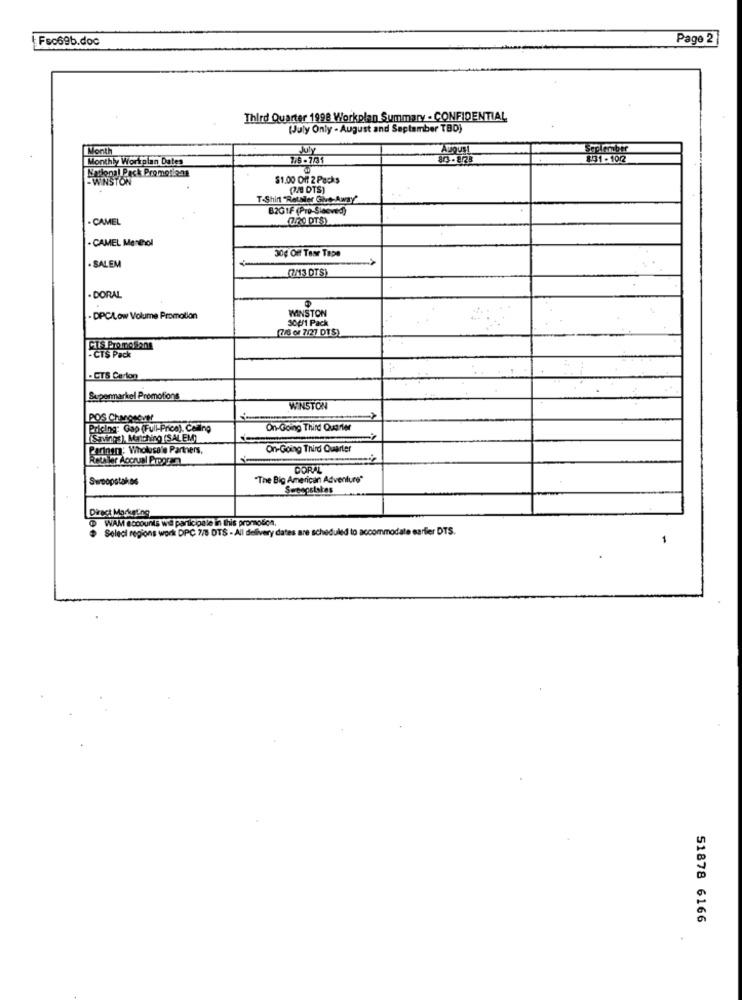
Fsc69b.doc
Page 2
Third Quarter 1998 Workplan Summary - CONFIDENTIAL
(July Only - August and September TBD)
Month
August
Seplomber
Monthly Workplan Dates
831 - 102
National Pack Promot.20g
-WINSTON
$1.00 Off 2 Packs
(24 DTS)
T-Shirt "Retailer Give-Away
B2GIF (Pro-Sleeved)
· CAMEL
(7/20 DTS)
. CAMEL Menthol
30g OF Tasr Tape
. SALEM
(M3 DTS)
. DORAL
WINSTON
- DPCLow Volume Promotion
304/1 Pack
(7/6 or 7/27 DTS)
- CTS Pack
. CTS Carton
Supermarkel Promotions
WINSTON
POS ChvatVEL
Pricing: Gap (Full-Price), Caring
On-Going Third Quarter
(Savings), Matching (SALEM)
Partnera: Wholesale Partners,
On-Going Third Quarter
Retaler Accrual Program
DORAL
Swoopstakes
"The Big American Adventure"
Sweepstakes
Direct Marketing
WAM accounts will participate in this promotion
Select regions work DPC 7/8 DTS - All delivery dates are scheduled to accommodate earlier DTS.
1
51878 6166